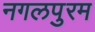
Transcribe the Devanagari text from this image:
नगलपुरम